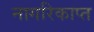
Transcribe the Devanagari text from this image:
नागरिकाप्त